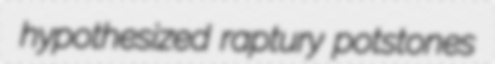
hypothesized raptury potstones